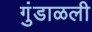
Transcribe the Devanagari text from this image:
गुंडाळली